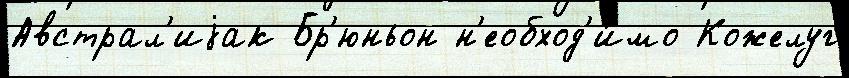
Австрал'иjак Бр'юньон н'еобход'и́мо Кожелуг